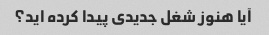
آیا هنوز شغل جدیدی پیدا کرده اید؟